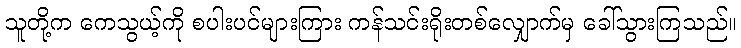
သူတို့က ကေသွယ့်ကို စပါးပင်များကြား ကန်သင်းရိုးတစ်လျှောက်မှ ခေါ်သွားကြသည်။